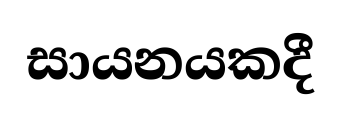
සායනයකදී